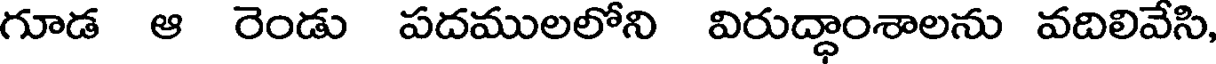
గూడ ఆ రెండు పదములలోని విరుద్ధాంశాలను వదిలివేసి,